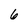
Character: 6